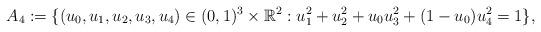
LaTeX: \begin{align*} A_4 := \{ (u_0, u_1, u_2, u_3, u_4) \in (0, 1)^3 \times \mathbb{R}^2: u_1^2 + u_2^2 + u_0 u_3^2+(1-u_0) u_4^2 = 1\},\end{align*}